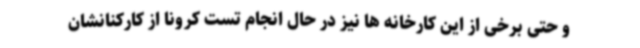
و حتی برخی از این کارخانه ها نیز در حال انجام تست کرونا از کارکنانشان